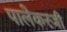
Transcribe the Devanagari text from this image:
पालेकरजी